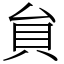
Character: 貟